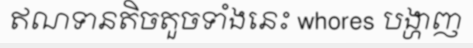
ឥណទានតិចតួចទាំងនេះ whores បង្ហាញ